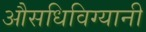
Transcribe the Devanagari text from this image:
औसधिविग्यानी